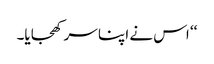
‘‘ اس نے اپنا سر کھجایا۔